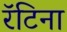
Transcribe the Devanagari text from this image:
रॅटिना